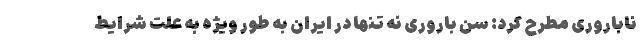
ناباروری مطرح کرد: سن باروری نه تنها در ایران به طور ویژه به علت شرایط